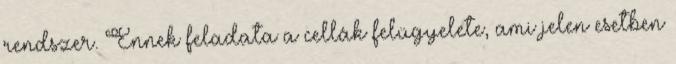
rendszer. Ennek feladata a cellák felügyelete, ami jelen esetben